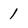
Character: 1